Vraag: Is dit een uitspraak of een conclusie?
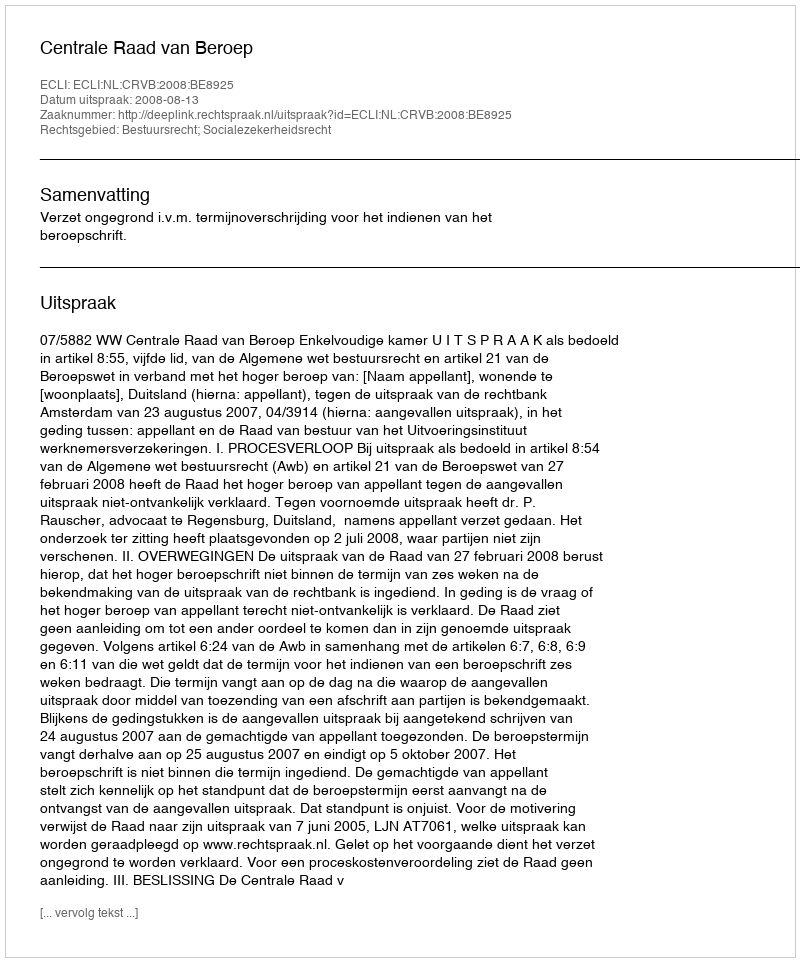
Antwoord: Uitspraak